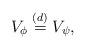
LaTeX: \begin{align*}V_{\phi} \stackrel{(d)}{=} V_{\psi},\end{align*}